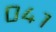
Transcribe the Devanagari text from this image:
०४१